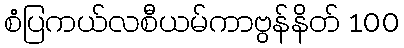
စံပြကယ်လစီယမ်ကာဗွန်နိတ် 100